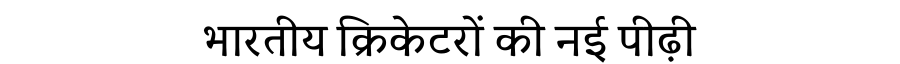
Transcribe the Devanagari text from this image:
भारतीय क्रिकेटरों की नई पीढ़ी